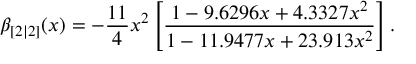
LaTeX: \beta _ { [ 2 | 2 ] } ( x ) = - \frac { 1 1 } { 4 } x ^ { 2 } \left[ \frac { 1 - 9 . 6 2 9 6 x + 4 . 3 3 2 7 x ^ { 2 } } { 1 - 1 1 . 9 4 7 7 x + 2 3 . 9 1 3 x ^ { 2 } } \right] .